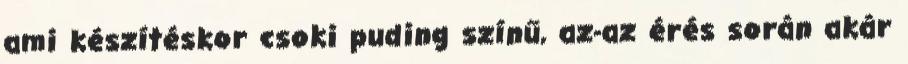
ami készítéskor csoki puding színű, az-az érés során akár